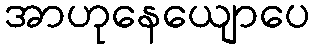
အာဟုနေယျောပေ